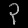
Digit: ၃